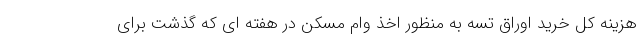
هزینه کل خرید اوراق تسه به منظور اخذ وام مسکن در هفته ای که گذشت برای